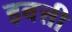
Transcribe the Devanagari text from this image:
इबत्ती